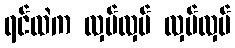
ရင်ထဲက လှပ်လှပ် လှပ်လှပ်